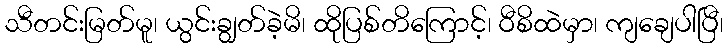
သီတင်းမြတ်မူ၊ ယွင်းချွတ်ခဲ့မိ၊ ထိုပြစ်တိကြောင့်၊ ဝီစိထဲမှာ၊ ကျချေပါပြီ၊